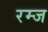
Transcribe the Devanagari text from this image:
रम्ज